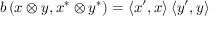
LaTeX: b \left( x \otimes y , x ^ { * } \otimes y ^ { * } \right) = \left\langle x ^ { \prime } , x \right\rangle \left\langle y ^ { \prime } , y \right\rangle